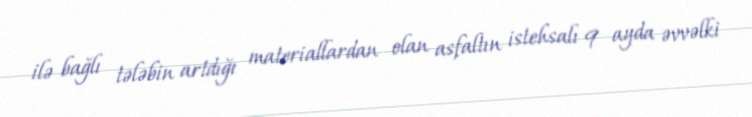
ilə bağlı tələbin artdığı materiallardan olan asfaltın istehsalı 9 ayda əvvəlki